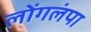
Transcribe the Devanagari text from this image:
लोंगलंपा